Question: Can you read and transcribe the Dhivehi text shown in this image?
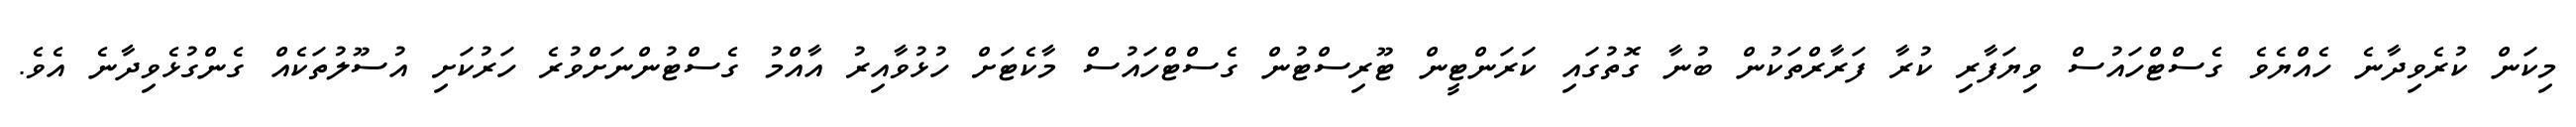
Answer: މިކަން ކުރެވިދާނެ ހެއްޔެވެ ގެސްޓްހައުސް ވިޔަފާރި ކުރާ ފަރާރްތަކުން ބުނާ ގޮތުގައި ކަރަންޓީން ޓޫރިސްޓުން ގެސްޓްހައުސް މާކެޓަށް ހުޅުވާއިރު އާއްމު ގެސްޓުންނަށްވުރެ ހަރުކަށި އުސޫލުތަކެއް ގެންގުޅެވިދާނެ އެވެ.